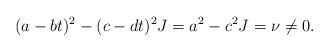
LaTeX: \begin{align*} (a-bt)^2 - (c-dt)^2 J = a^2 - c^2 J = \nu \ne 0.\end{align*}